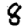
Digit: 8